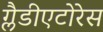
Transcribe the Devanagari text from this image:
ग्लैडीएटोरेस